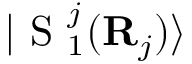
\vert \mathrm { ~ S ~ } _ { 1 } ^ { j } ( \mathbf { R } _ { j } ) \rangle